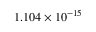
\phantom { + } 1 . 1 0 4 \times 1 0 ^ { - 1 5 }